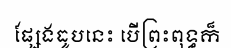
ផ្សែងធូបនេះ បើព្រះពុទ្ធក៏